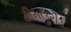
ટીમઉરીડ